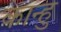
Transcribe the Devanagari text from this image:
कान्हु